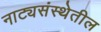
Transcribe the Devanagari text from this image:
नाट्यसंस्थेतील